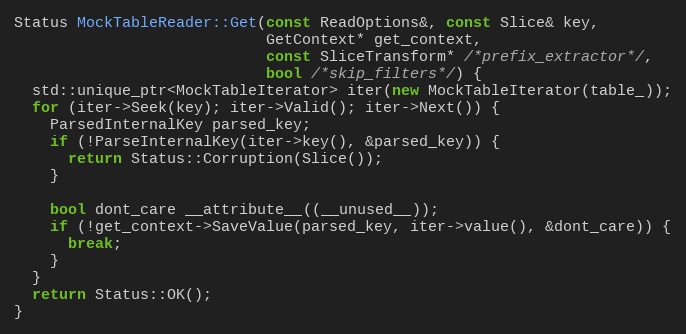
Language: C++
Status MockTableReader::Get(const ReadOptions&, const Slice& key,
                            GetContext* get_context,
                            const SliceTransform* /*prefix_extractor*/,
                            bool /*skip_filters*/) {
  std::unique_ptr<MockTableIterator> iter(new MockTableIterator(table_));
  for (iter->Seek(key); iter->Valid(); iter->Next()) {
    ParsedInternalKey parsed_key;
    if (!ParseInternalKey(iter->key(), &parsed_key)) {
      return Status::Corruption(Slice());
    }

    bool dont_care __attribute__((__unused__));
    if (!get_context->SaveValue(parsed_key, iter->value(), &dont_care)) {
      break;
    }
  }
  return Status::OK();
}